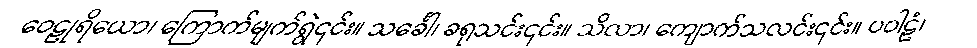
ဝေဠုရိယော၊ ကြောက်မျက်ရွဲ၎င်း။ သင်္ခေါ၊ ခရုသင်း၎င်း။ သိလာ၊ ကျောက်သလင်း၎င်း။ ပဝါဠံ၊